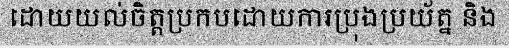
ដោយយល់ចិត្តប្រកបដោយការប្រុងប្រយ័ត្ន និង